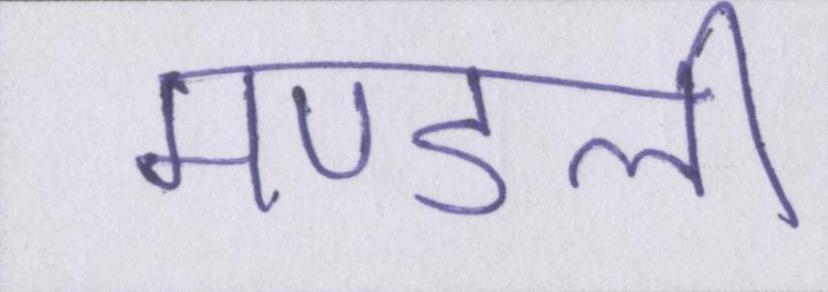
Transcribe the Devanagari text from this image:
मण्डली